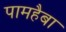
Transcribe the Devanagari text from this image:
पामहैबा